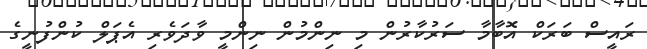
ރައީސް ބަރަކް އޮބާމާ ސަރުކާރުން މި ނިންމުން ނިންމީ ވާދަވެރި އެޕަލް ކުންފުނީގެ